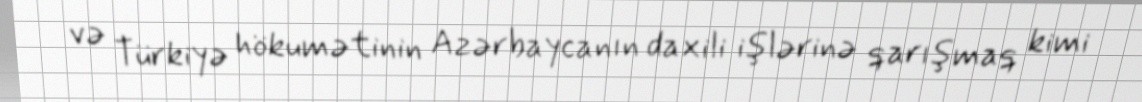
və Türkiyə hökumətinin Azərbaycanın daxili işlərinə qarışmaq kimi